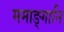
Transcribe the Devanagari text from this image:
ममाङ्गानि